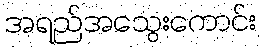
အရည်အသွေးကောင်း